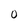
Character: 0